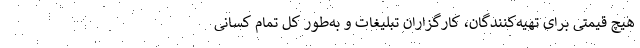
هیچ قیمتی برای تهیه‌کنندگان، کارگزاران تبلیغات و به‌طور کل تمام کسانی